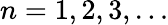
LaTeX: n=1,2,3,\ldots